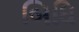
બિધિ